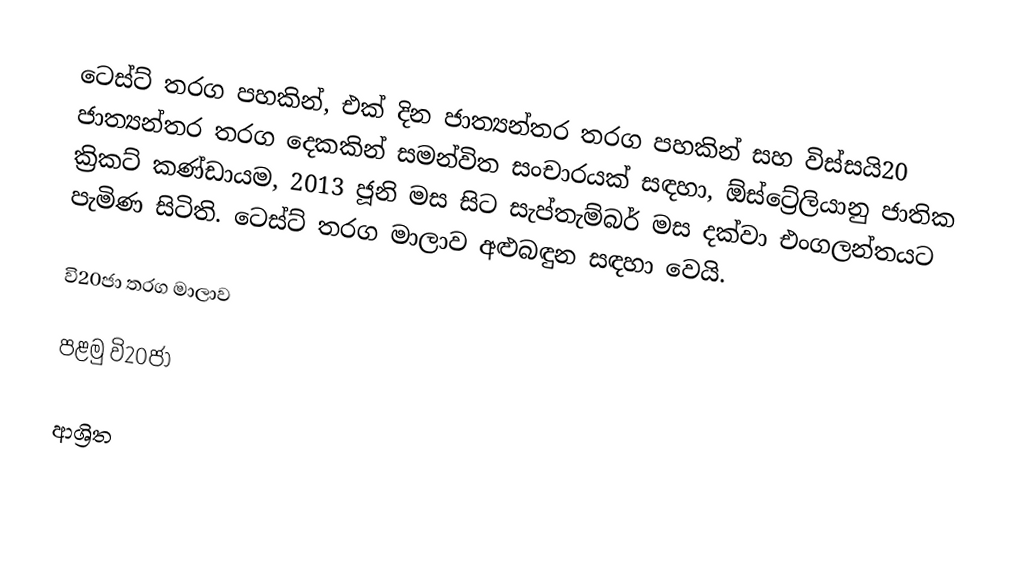
ටෙස්ට් තරග පහකින්, එක් දින ජාත්‍යන්තර තරග පහකින් සහ විස්සයි20 ජාත්‍යන්තර තරග දෙකකින් සමන්විත සංචාරයක් සඳහා, ඕස්ට්‍රේලියානු ජාතික ක්‍රිකට් කණ්ඩායම, 2013 ජූනි මස සිට සැප්තැම්බර් මස දක්වා  එංගලන්තයට පැමිණ සිටිති. ටෙස්ට් තරග මාලාව අළුබඳුන සඳහා වෙයි.

වි20ජා  තරග මාලාව

පළමු වි20ජා

ආශ්‍රිත